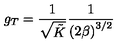
g _ { T } = \frac { 1 } { \sqrt { \tilde { K } } } \frac { 1 } { \left( 2 \beta \right) ^ { 3 / 2 } }